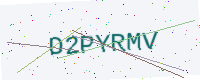
Text: D2PYRMV